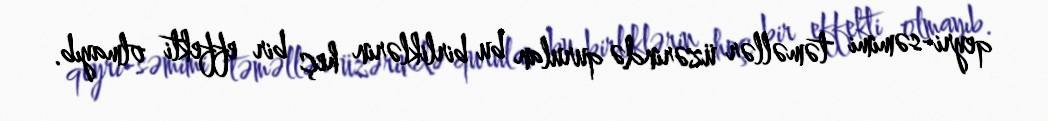
qeyri-səmimi təməllər üzərində qurulan bu birliklərin heç bir effekti olmayıb.